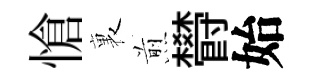
愴裏煎欎始